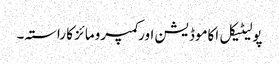
پولیٹیکل اکاموڈیشن اور کمپرومائز کا راستہ۔